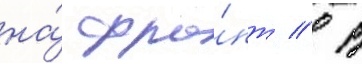
на́ фро́нт // В